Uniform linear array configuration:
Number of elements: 48
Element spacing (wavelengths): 0.75
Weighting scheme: uniform
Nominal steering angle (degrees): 60
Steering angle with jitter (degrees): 61.689
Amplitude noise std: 0.05
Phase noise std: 0.05

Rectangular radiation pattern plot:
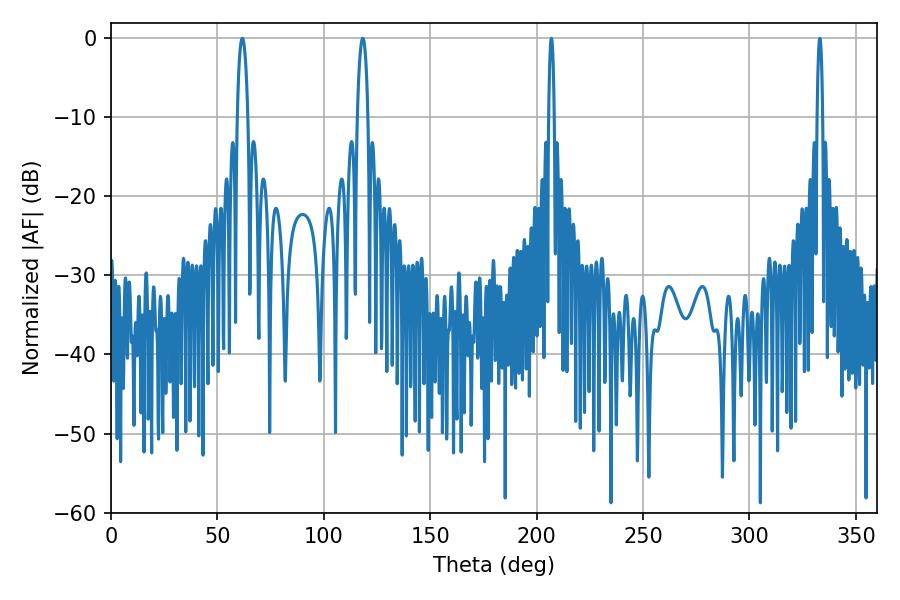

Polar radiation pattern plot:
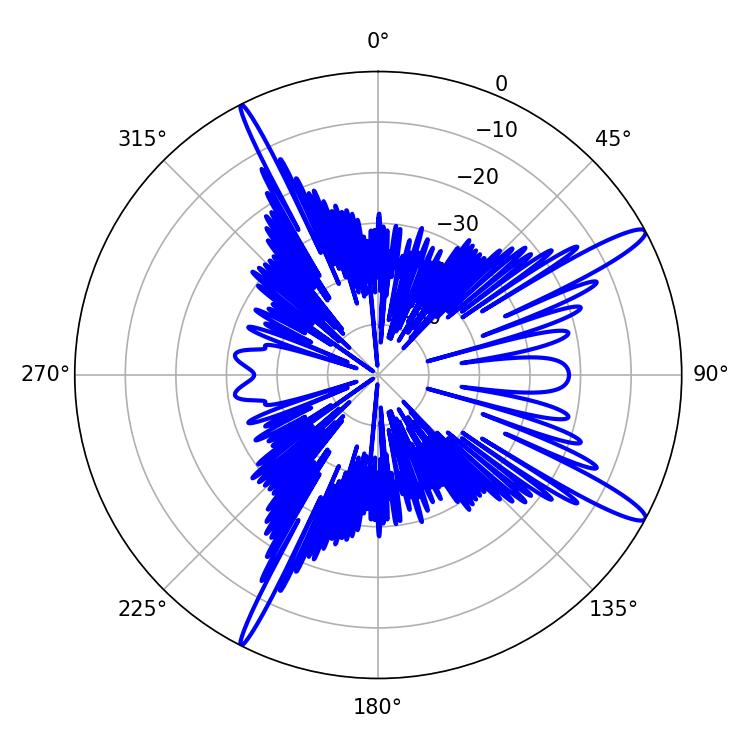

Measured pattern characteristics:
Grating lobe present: TRUE
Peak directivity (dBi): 14.272
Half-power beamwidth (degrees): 2.88
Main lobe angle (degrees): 61.74